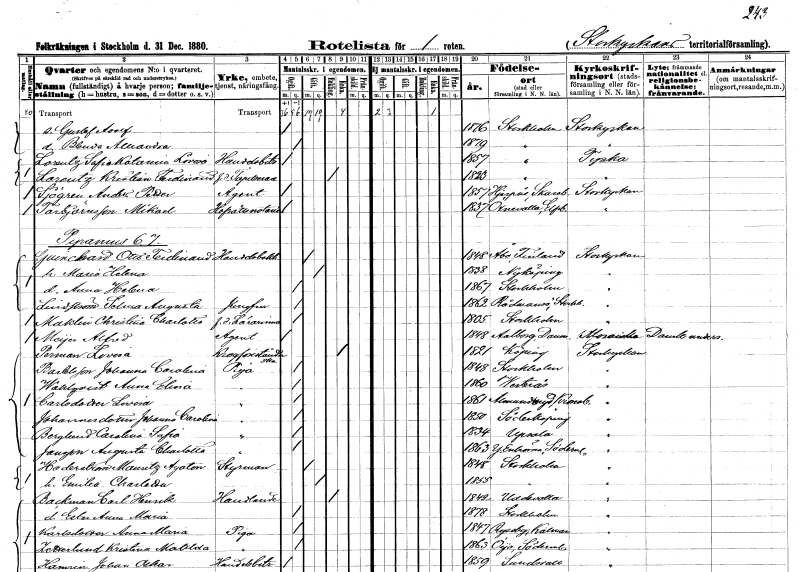
gt_parse: households: individuals: FN: Gustaf Adolf
KON: M
CIV: O
FODAR: 1876
FODFORS: Stockholm
FN: Blenda Alexandra
KON: K
CIV: O
FODAR: 1879
FODFORS: Stockholm
FN: Sofia Katarina Lovisa
EN: Lorentz
YRKE: Handelsbiträde
KON: K
CIV: O
FODAR: 1857
FODFORS: Stockholm
FN: Kristian Ferdinand
EN: Lorentz
YRKE: Tapetserare f.d.
KON: M
CIV: E
FODAR: 1823
FODFORS: Stockholm
FN: Anders Petter
EN: Sjögren
YRKE: Agent
KON: M
CIV: O
FODAR: 1857
FODFORS: Hjärpås Skaraborgs län
FN: Mikael
EN: Torbjörnsson
YRKE: Hovrättsnotarie
KON: M
CIV: O
FODAR: 1837
FODFORS: Öxnevalla Älvsborgs län
FN: Otto Ferdinand
EN: Guinchard
YRKE: Handelsbokhållare
KON: M
CIV: G
FODAR: 1848
FN: Maria Helena
KON: K
CIV: G
FODAR: 1838
FODFORS: Nyköping Södermanlands län
FN: Anna Helena
KON: K
CIV: O
FODAR: 1867
FODFORS: Stockholm
FN: Selma Augusta
EN: Lindström
YRKE: Jungfru
KON: K
CIV: O
FODAR: 1862
FODFORS: Rådmansö Stockholms län
FN: Christina Charlotta
EN: Maklin
YRKE: Lärarinna f.d.
KON: K
CIV: O
FODAR: 1805
FODFORS: Stockholm
FN: Alfred
EN: Mÿer
YRKE: Agent
KON: M
CIV: O
FODAR: 1848
FN: Lovisa
EN: Perman
YRKE: Krogförestånderska
KON: K
CIV: E
FODAR: 1821
FODFORS: Köping Västmanlands län
FN: Johanna Carolina
EN: Bartelsson
YRKE: Piga
KON: K
CIV: O
FODAR: 1848
FODFORS: Stockholm
FN: Anna Elvira
EN: Wahlqvist
YRKE: Piga
KON: K
CIV: O
FODAR: 1860
FODFORS: Västerås Västmanlands län
FN: Lovisa
EN: Carlsdotter
YRKE: Piga
KON: K
CIV: O
FODAR: 1861
FODFORS: Almundsryd Kronobergs län
FN: Johanna Carolina
EN: Johannesdotter
YRKE: Piga
KON: K
CIV: O
FODAR: 1850
FODFORS: Söderköping Östergötlands län
FN: Carolina Sofia
EN: Berglund
YRKE: Piga
KON: K
CIV: O
FODAR: 1834
FODFORS: Uppsala Uppsala län
FN: Augusta Charlotta
EN: Jansson
YRKE: Piga
KON: K
CIV: O
FODAR: 1863
FODFORS: Ytterenhörna Stockholms län
FN: Mauritz Agaton
EN: Hederström
YRKE: Styrman
KON: M
CIV: G
FODAR: 1848
FODFORS: Stockholm
FN: Emilia Charlotta
KON: K
CIV: G
FODAR: 1855
FODFORS: Stockholm
FN: Carl Henrik
EN: Backman
YRKE: Handlande
KON: M
CIV: E
FODAR: 1842
FODFORS: Uddevalla Göteborgs- och Bohuslän
FN: Ester Anna Maria
KON: K
CIV: O
FODAR: 1878
FODFORS: Stockholm